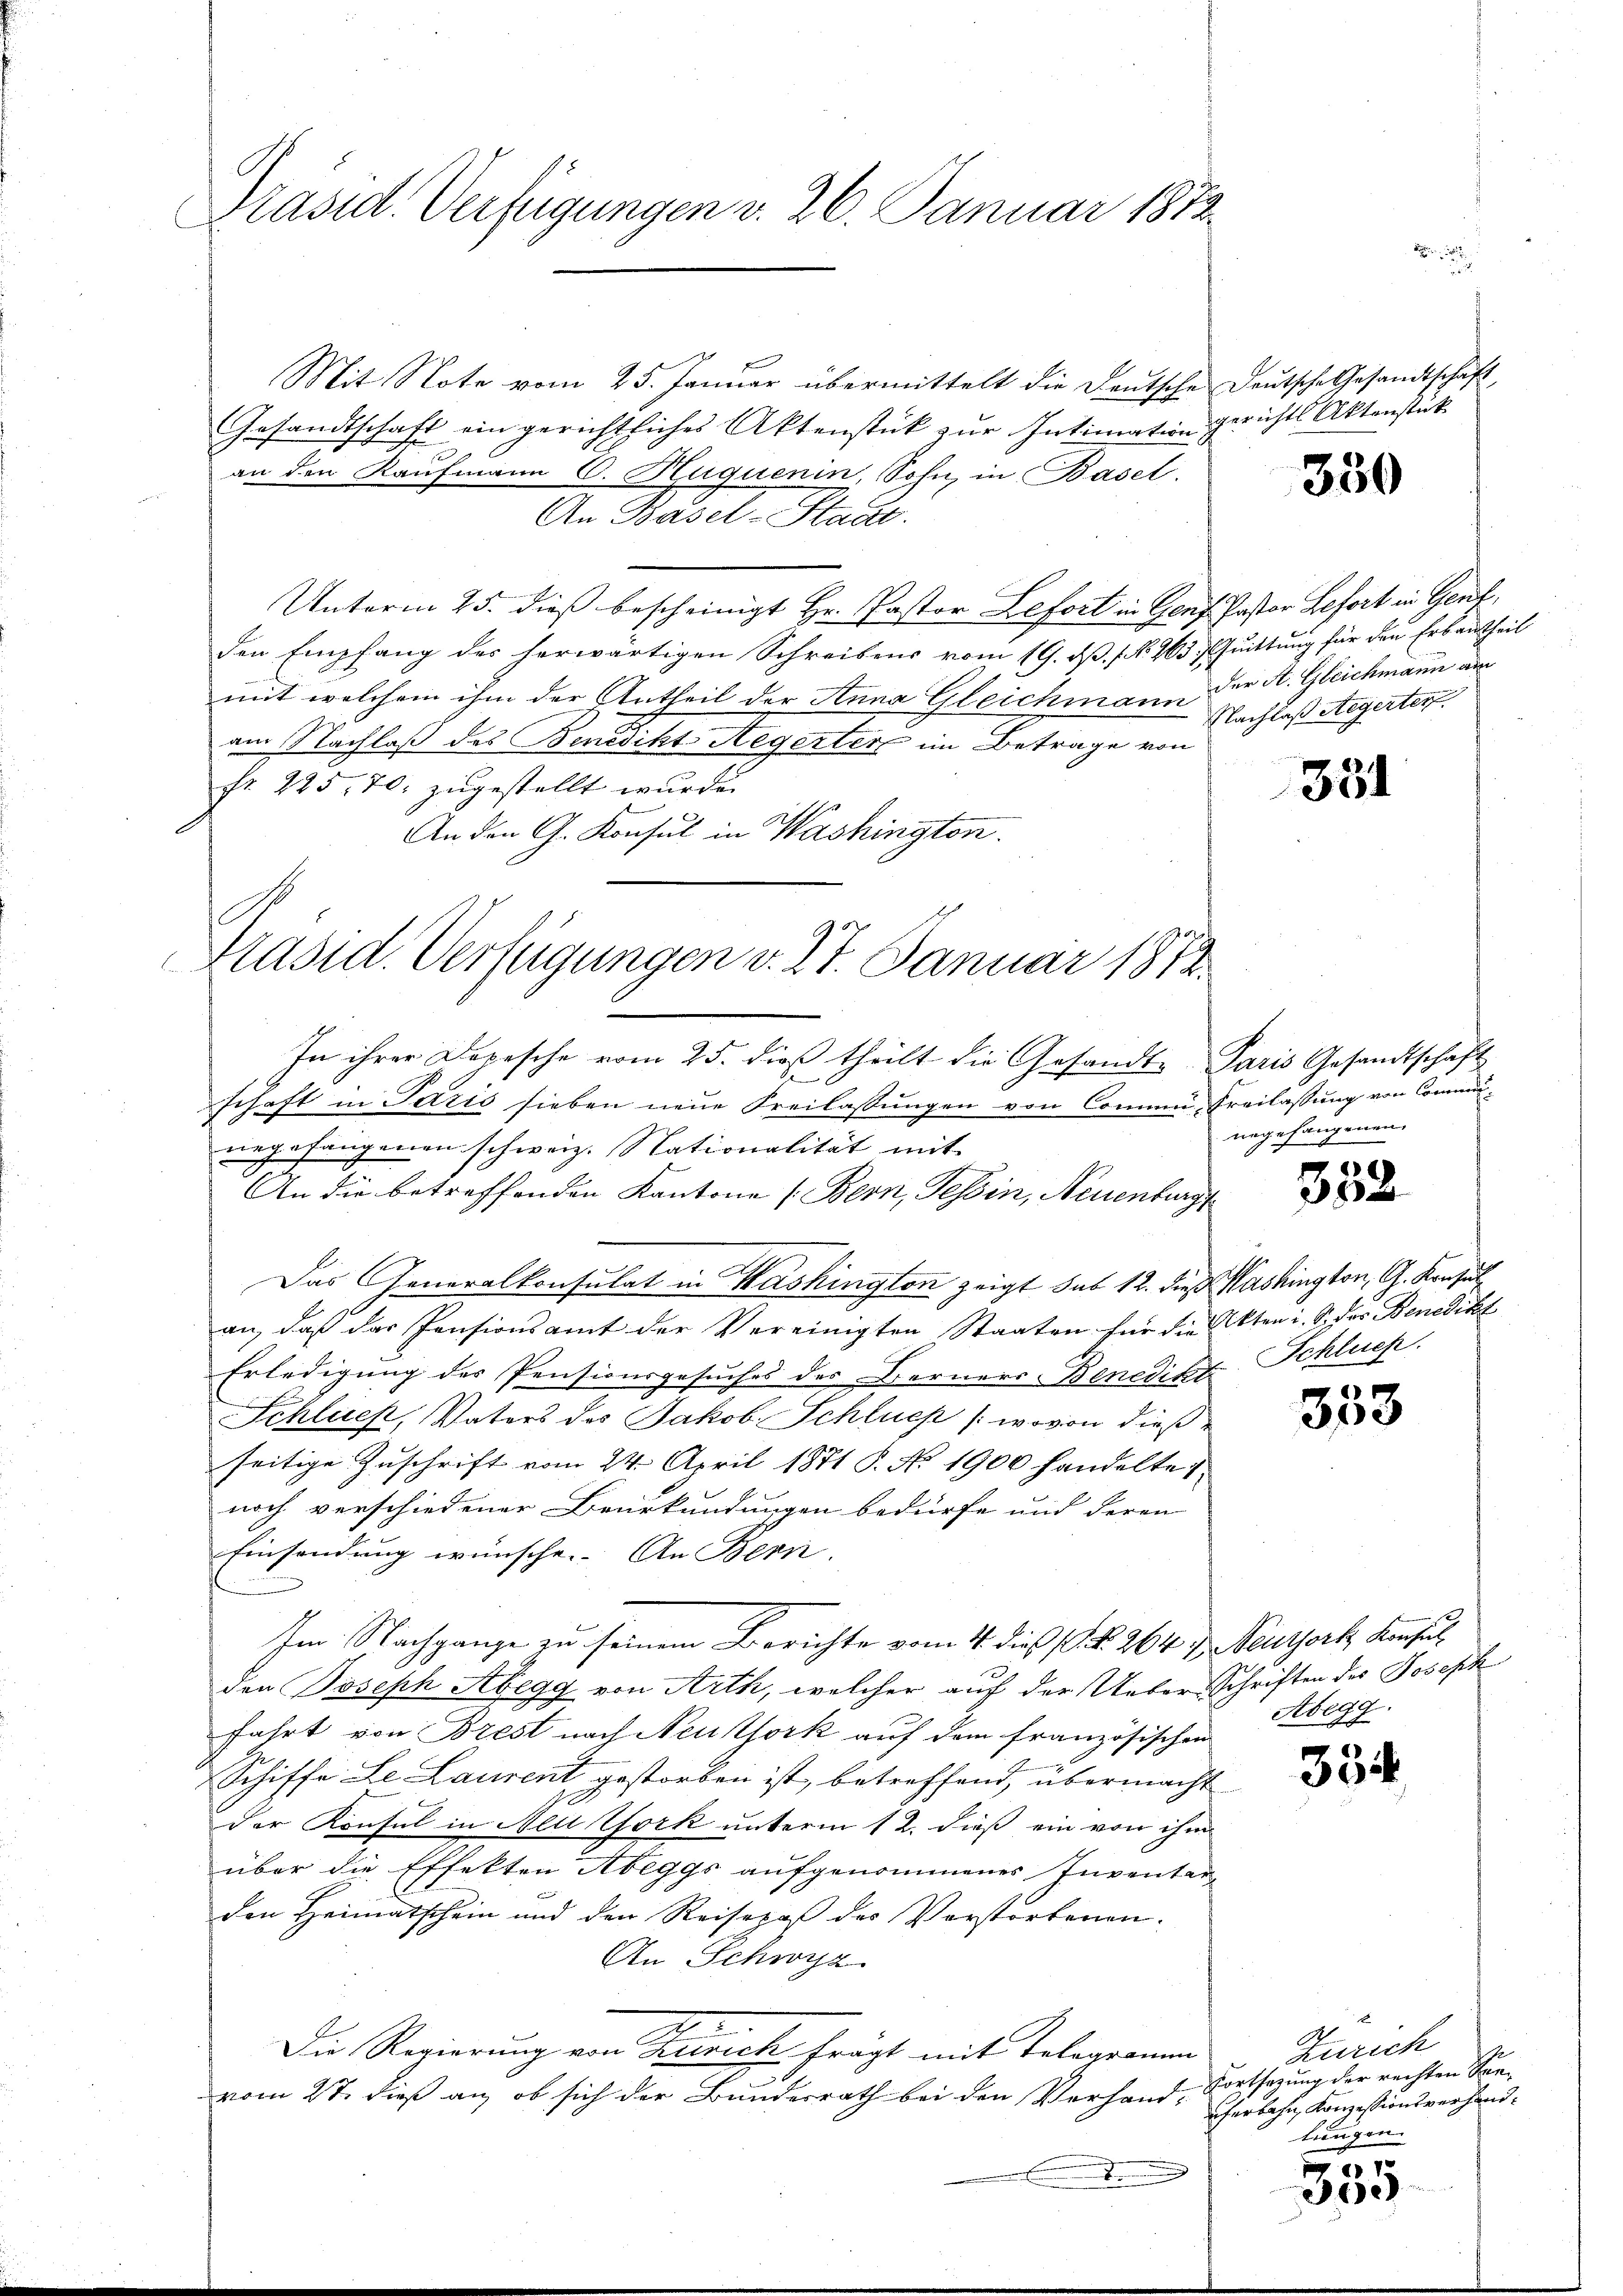
Präsid. Verfügungen v. 26. Januar 1873.

Mit Note vom 25. Januar übermittelt die Deutsche Deutsche Gesandtschaft
Gesandtschaft ein gerichtliches Aktenstück zur Intimation gerichts Aktenstück
an den Kaufmann C. Huquenin, Sohn, in Basel.
An Basel-Stadt.
Unterm 25. dieß bescheinigt Hr. Pastor Lefort in Genf Pastor Befort in Genf,
den Empfang des herwärtigen Schreibens vom 19. ds. f. No. 963. Quittung für den Erbautheil
mit welchem ihm der Antheil der Anna Gleichmann der A. Gleichmann am
am Nachlaß des Benedikt Aegerter im Betrage von
fr. 225. 70. zugestellt wurde.
An den G. Konsul in Washington.
In ihrer Depesche vom 25. dieß theilt die Gesandte Paris Gesandtschaft
schaft in Paris sieben neue Freilassungen von Commi, Freilassung von Communegefangenen schweiz. Nationalität mit
An die betreffenden Kantone (Bern, Tessin, Neuenburg
Das Generalkonsulat in Washington zeigt sub 12. die Washington, G. Konsul
an, daß das Pensionsamt der Vereinigten Staaten für die Akten i. S. des Benedikt
Erledigung des Pensionsgesuches des Berners Benedikt Schließ.
Schluck, Vaters des Jakob Schluch (wovon dieß
seitige Zuschrift vom 24. April 1871 P. No 1900 handelte 1
noch verschiedener Beurkundungen bedürfe und deren
Einsendung wünsche. An Bern,
Im Nachgange zu seinem Berichte vom 4. dieß (N. 264 f. Neunfort Konsul
den Joseph Abegg von Arth, welcher auf der Ueber-Schriften des Joseph
fahrt von Brest nach Neuthork auf dem französischen
Schiffe Le Laurent gestorben ist, betreffend, übermacht
der Konsul in Neu York unterm 12. dieß ein von ihm
über die Effekten Abeggs aufgenommenes Inventar-
den Heimatschein und den Reisepaß des Verstorbenen.
An Schwyz
Die Regierung von Zusich frägt mit Telegramm
vom 27. dieß an, ob sich der Bundesrath bei den Verhand, Fortsetzung der rechten Son-
e

Präsid. Verfügungen v. 27. Januar 1872

330

Nachlaß Aegerter

331

ungefangenen

352.

333

Abegg

334

Zürich
herbahn Konzessionsverhandtrengen.

5
Dese